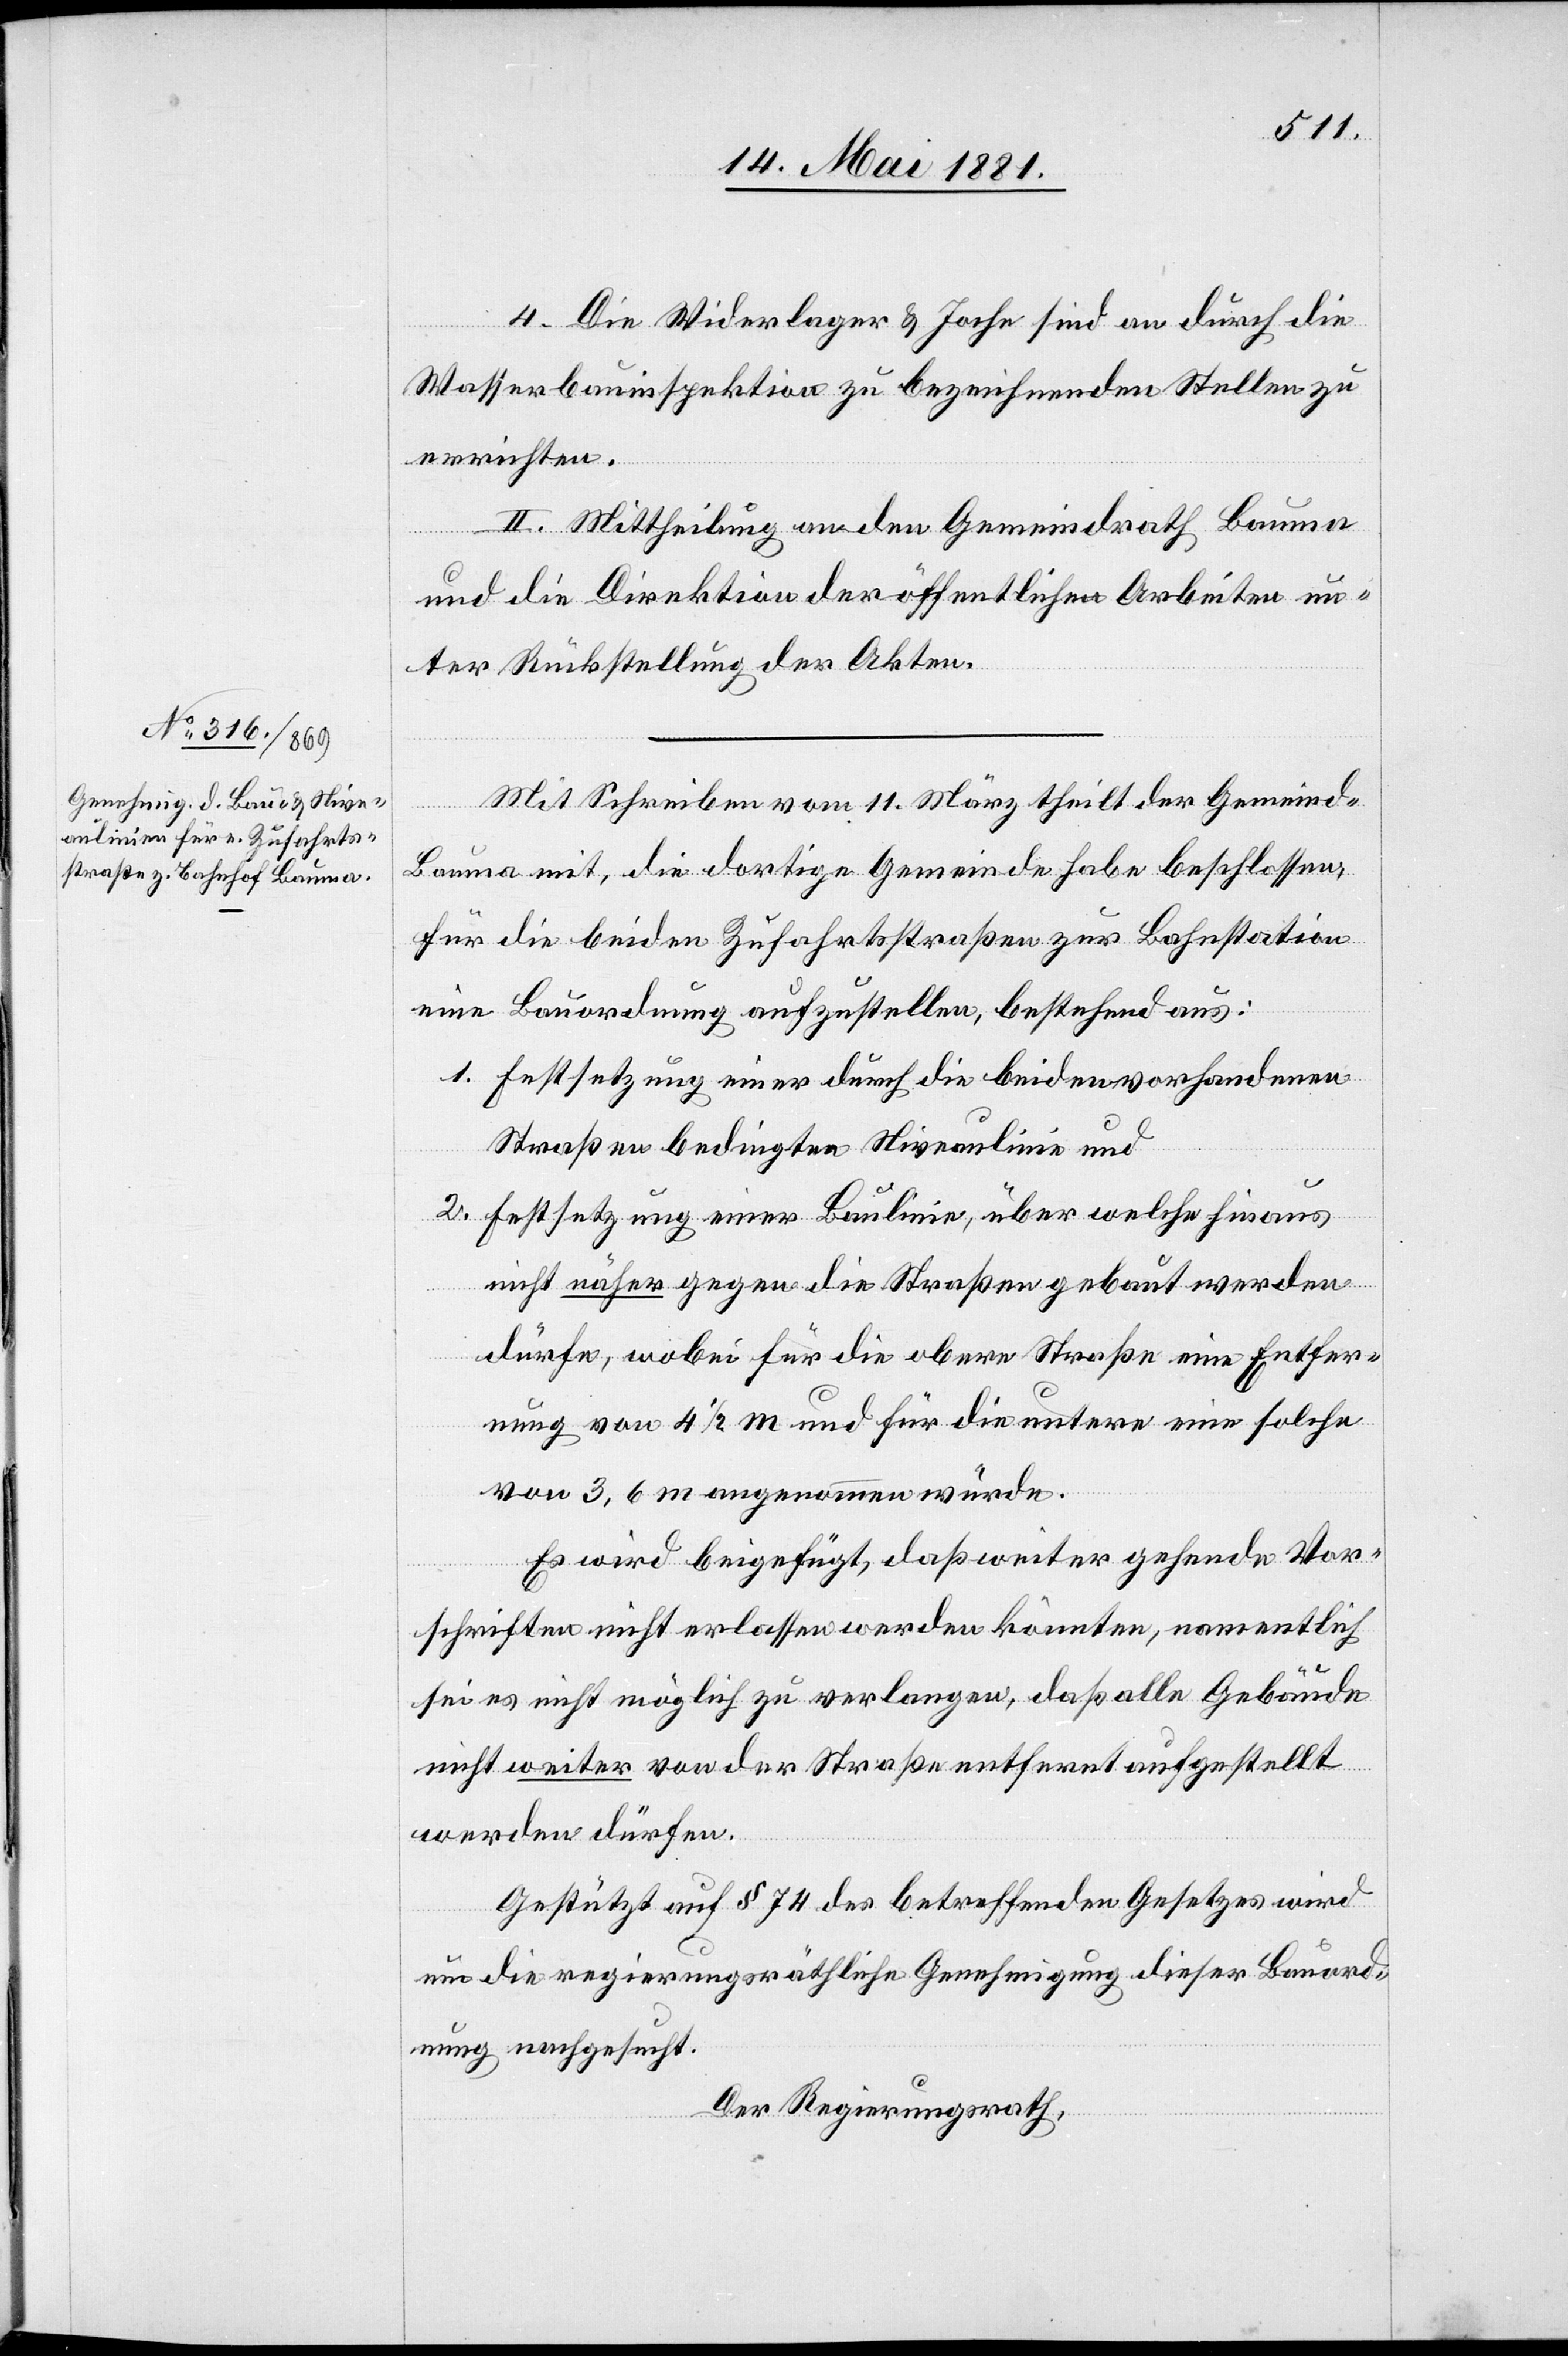
4. Die Widerlager & Joche sind an durch die
Wasserbauinspektion zu bezeichnenden Stellen zu
errichten.
II. Mittheilung an den Gemeindrath Bauma
und die Direktion der öffentlichen Arbeiten un¬
ter Rückstellung der Akten.
Mit Schreiben vom 11. März theilt der Gemeind¬
rath
Bauma mit, die dortige Gemeinde habe beschlossen,
für die beiden Zufahrtstraßen zur Bahnstation
eine Bauordnung aufzustellen, bestehend aus:
1. Entstutzung einer durch die beiden vorhandenen
Straßen bedingten Niveaulinien und
2. Entstutzung einer Baulinie, über welche hinaus
nicht näher gegen die Straßen gebaut werden
dürfe, wobei für die obere Straße eine Entfer¬
nung von 4 1/2 m und für die untere eine solche
von 3,6 m angenommen würde.
Es wird beigefügt, daß weiter gehende Vor¬
schriften nicht erlassen werden könnten, namentlich
sei es nicht möglich zu verlangen, daß alle Gebäude
nicht weiter von der Straße entfernt aufgestellt
werden dürfen.
Gestützt auf § 74 des betreffenden Gesetzes wird
um die regierungsräthliche Genehmigung dieser Bauord¬
nung nachgesucht.
Der Regierungsrath,